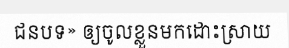
ជនបទ» ឲ្យចូលខ្លួនមកដោះស្រាយ